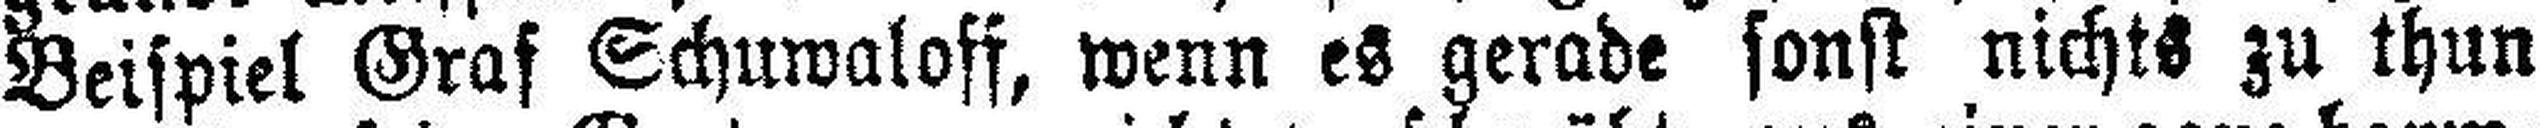
Beispiel Graf Schuwaloff, wenn es gerade sonst nichts zu thun